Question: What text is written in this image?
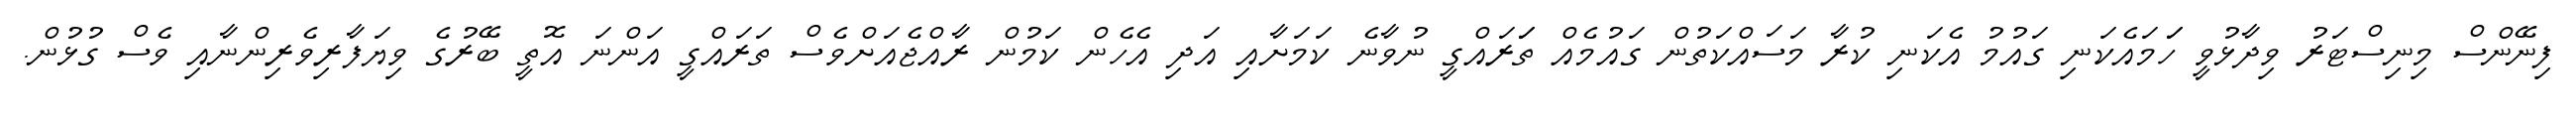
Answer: ފިނޭންސް މިނިސްޓަރު ވިދާޅުވީ ހަަމައެކަނި ގައުމު އެކަނި ކުރާ މަސައްކަތުން ގައުމެއް ތަަރައްގީ ނުވާނެ ކަމަށާއި އަދި އެހެން ކަމުން ރާއްޖެއަށްވެސް ތަރައްގީ އަންނަ އޮތީ ބޭރުގެ ވިޔަފާރިވެރިންނާއި ވެސް ގުޅުން.